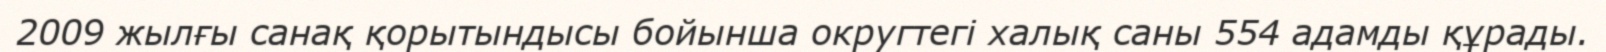
2009 жылғы санақ қорытындысы бойынша округтегі халық саны 554 адамды құрады.